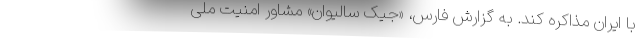
با ایران مذاکره کند. به گزارش فارس، «جیک سالیوان» مشاور امنیت ملی